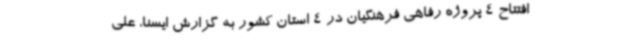
افتتاح 4 پروژه رفاهی فرهنگیان در 4 استان کشور به گزارش ایسنا، علی